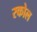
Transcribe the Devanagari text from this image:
रकोल